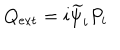
Q _ { \mathrm { e x t } } = i \widetilde { \psi } _ { i } P _ { i }